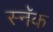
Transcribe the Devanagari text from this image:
स्नॅक